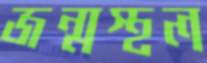
জন্মস্থল